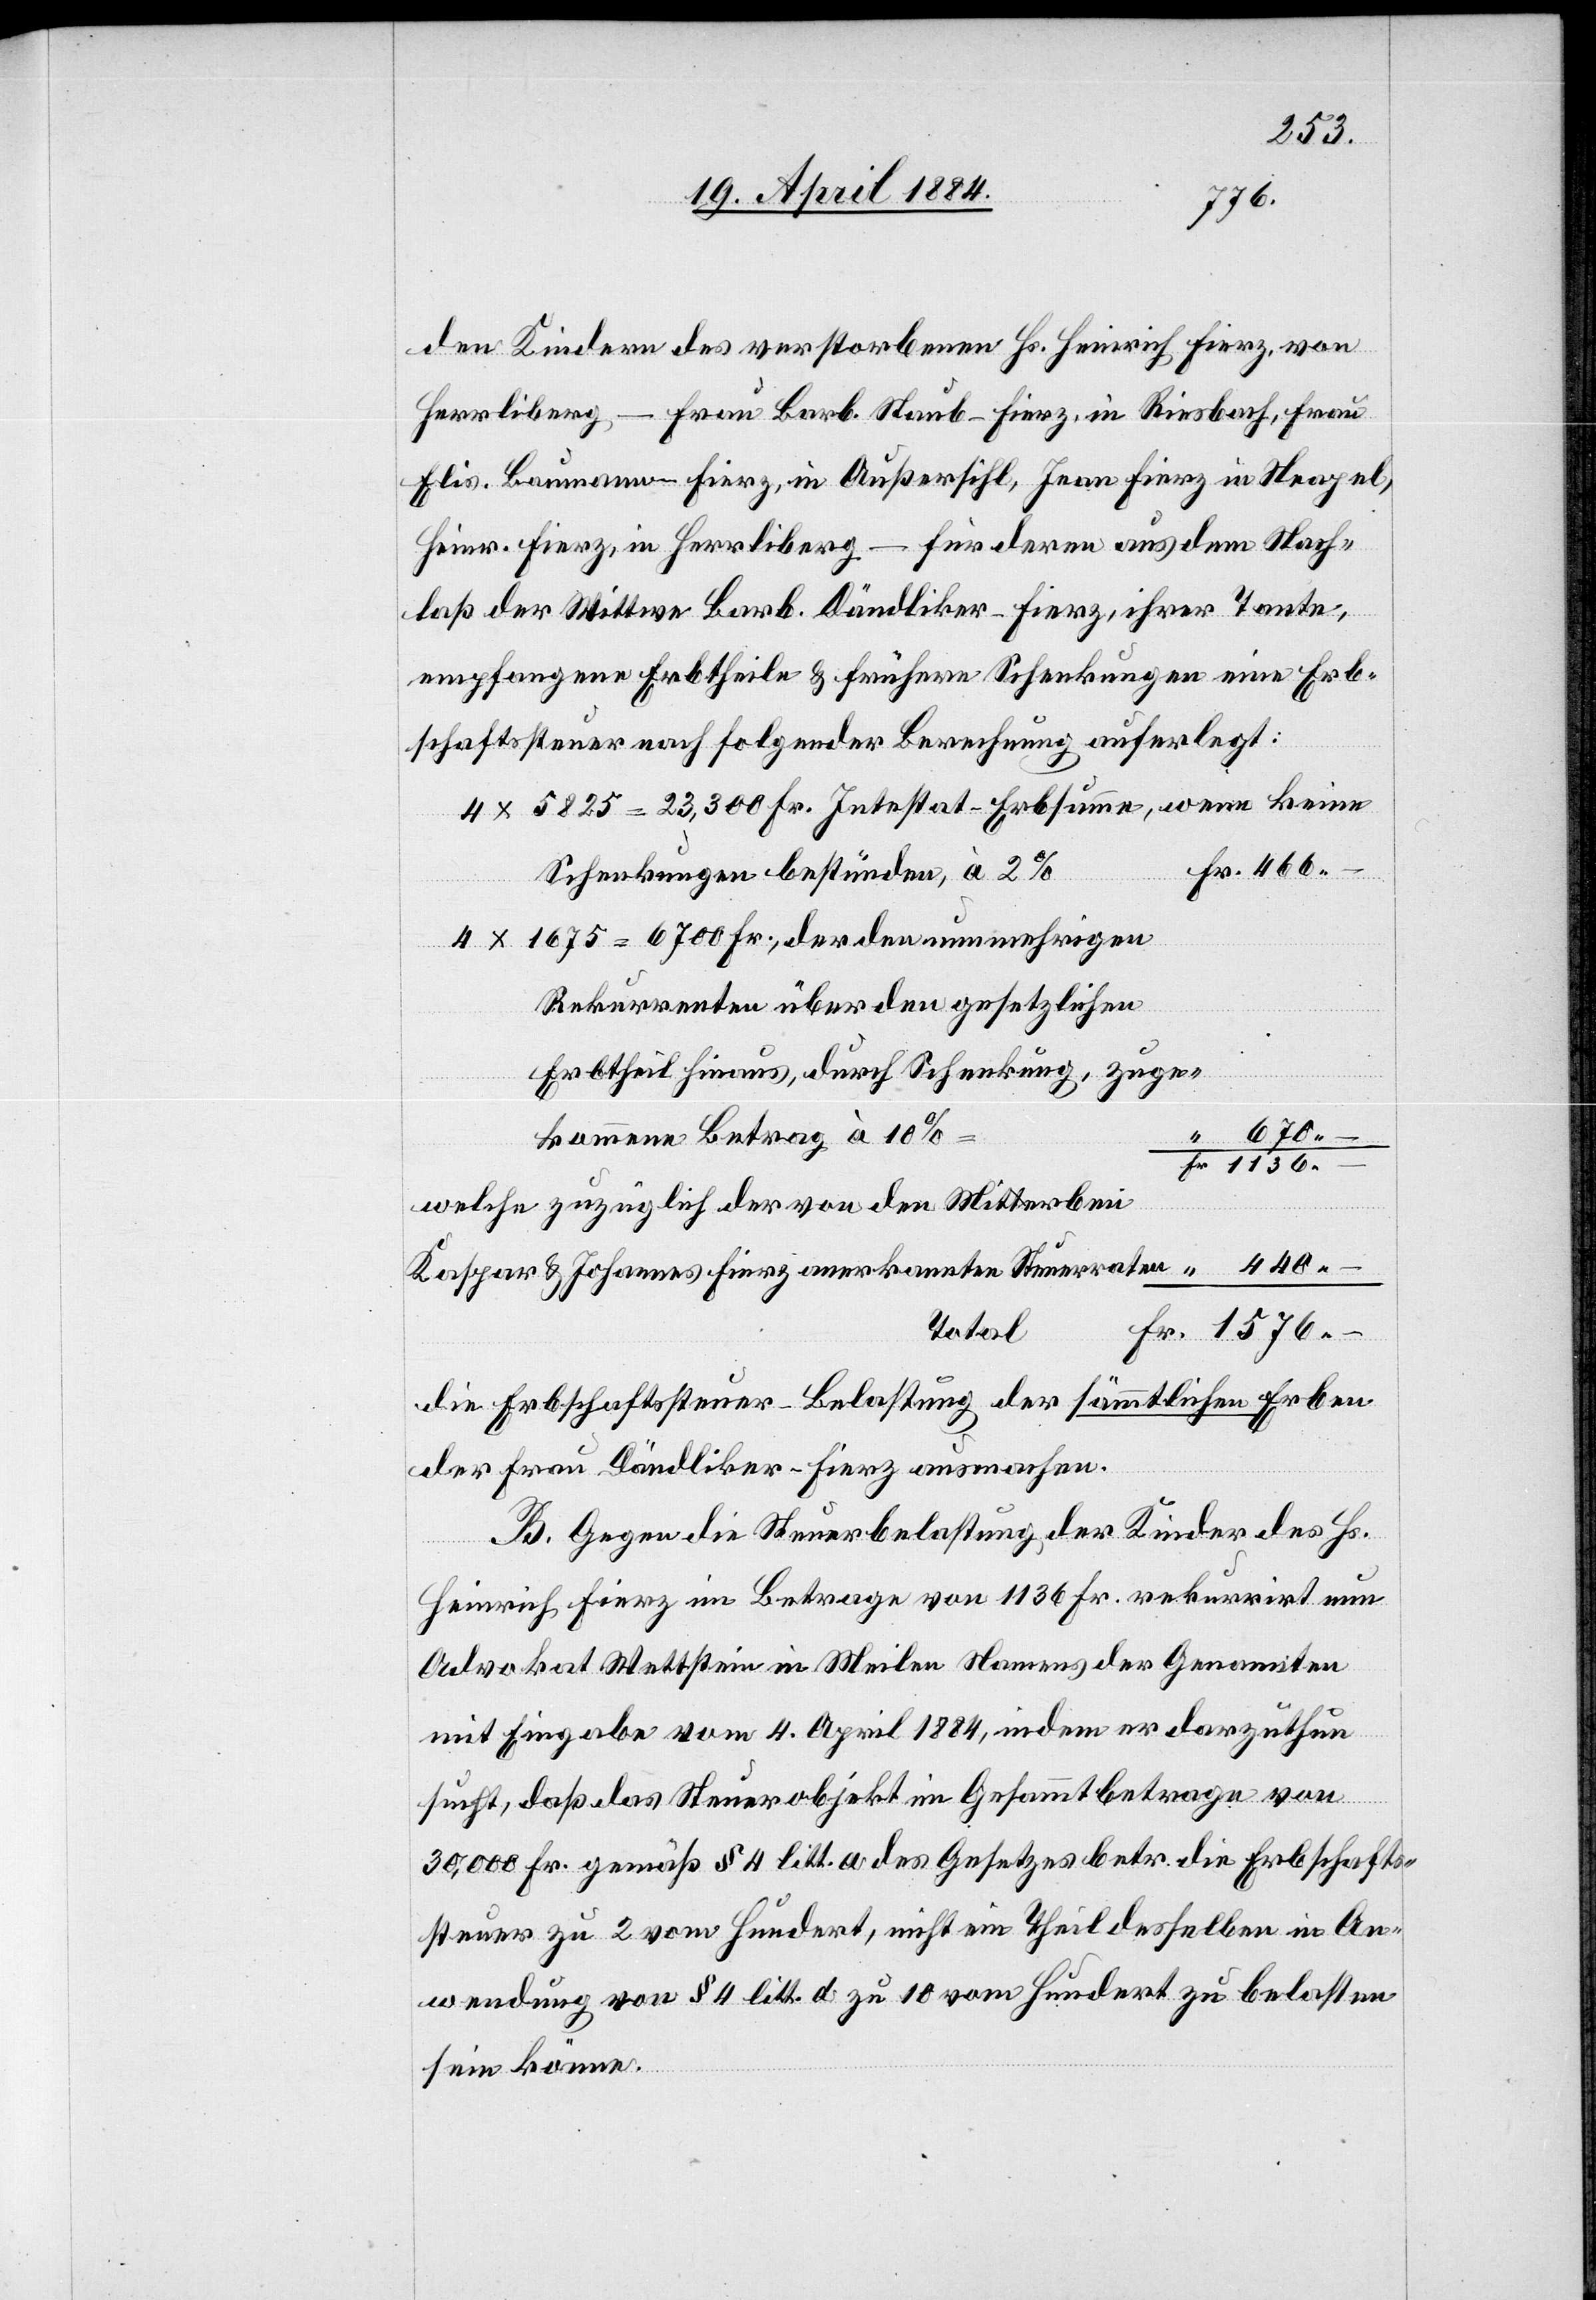
1576.–
den Kindern des verstorbenen Heinrich Fierz, von
Herrliberg – Frau Barb. Staub-Fierz, in Riesbach, Frau
Elis. Baumann-Fierz, in Außersihl, Jean Fierz in Neapel,
Heinr. Fierz, in Herrliberg – für deren aus dem Nach¬
laß der Wittwe Barb. Dändliker-Fierz, ihrer Tante,
empfangene Erbtheile & frühere Schenkungen eine Erb¬
schaftsteuer nach folgender Berechnung auferlegt:
4 x 5825 = 23,300 Fr. Intestat-Erbsumme, wenn keine
Schenkungen bestünden, à 2%
4 x 1675 = 6700 Fr., der den nunmehrigen
Rekurrenten über den gesetzlichen
Erbtheil hinaus, durch Schenkung, zuge¬
670.–
kommene Betrag à 10%
“
welche zuzüglich der von den Miterben
Kaspar & Johannes Fierz anerkannten Steuerraten
Total
die Erbschaftsteuer-Belastung der sämmtlichen Erben
der Frau Dändliker-Fierz ausmachen.
B. Gegen die Steuerbelastung der Kinder des Hs.
Heinrich Fierz im Betrage von 1136 Fr. rekurrirt nun
Advokat Wettstein in Meilen Namens der Genannten
mit Eingabe vom 4. April 1884, indem er darzuthun
sucht, daß das Steuerobjekt im Gesammtbetrage von
30,000 Fr. gemäß § 4 litt. a des Gesetzes betr. die Erbschafts¬
steuer zu 2 vom Hundert, nicht ein Theil desselben in An¬
wendung von § 4 litt. d zu 10 vom Hundert zu belasten
sein könne.